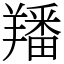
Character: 羳